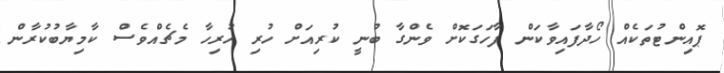
ޕޮއިންޓުތަކެއް ހޯދާފައިވާކަން ފާހަގަކޮށް ވެންގާ ބުނީ ކުރިއަށް ހުރި ހުރިހާ މެޗެއްވެސް ކާމިޔާބުކުރާން